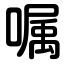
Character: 嘱